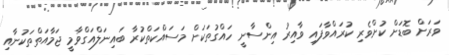
ވަރަށް ބޮޑަށް ކުށްވެރި ކުރައްވާފައި ވާއިރު އިންސާނީ ހައްގުތަކަށް މަސައްކަތްކުރާ ބައިނަލްއަގްވާމީ ޖަމާއަތްތަކުނާއި